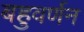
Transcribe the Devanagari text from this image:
बहुवर्णन